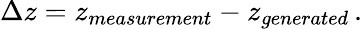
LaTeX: \Delta z=z_{measurement}-z_{generated}\, .